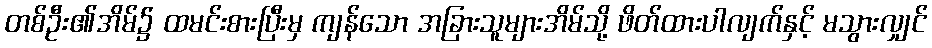
တစ်ဦး၏အိမ်၌ ထမင်းစားပြီးမှ ကျန်သော အခြားသူများအိမ်သို့ ဖိတ်ထားပါလျက်နှင့် မသွားလျှင်